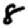
Digit: 8